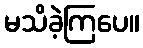
မသိခဲ့ကြပေ။